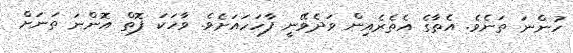
ހުންނަ ތަނެވެ. އެތާގެ އެތެރެއިން ވަދެވޭނީ ފާހަހައަށެވެ. ވާހަކަ ފޮތް އޮންނަ ތަނަށް